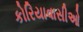
કોરિયાવાસીઓ